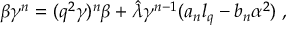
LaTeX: \beta \gamma ^ { n } = ( q ^ { 2 } \gamma ) ^ { n } \beta + \hat { \lambda } \gamma ^ { n - 1 } ( a _ { n } l _ { q } - b _ { n } \alpha ^ { 2 } ) \; ,